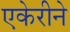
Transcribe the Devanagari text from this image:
एकेरीने